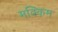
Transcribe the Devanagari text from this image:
मक्किम